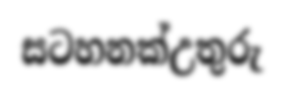
සටහනක්උතුරු